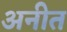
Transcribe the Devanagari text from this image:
अनीत